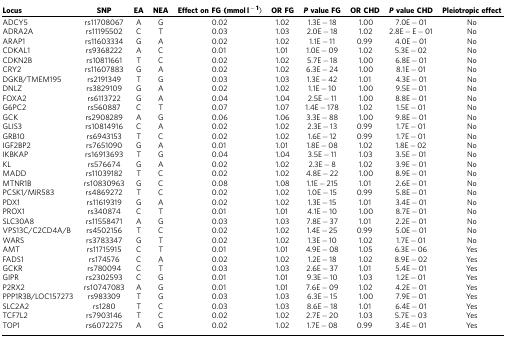
<table><thead><tr><td><b>Locus</b></td><td><b>SNP</b></td><td><b>EA</b></td><td><b>NEA</b></td><td><b>Effect on FG (mmol l<sup>−1</sup>)</b></td><td><b>OR FG</b></td><td><b><i>P</i> value FG</b></td><td><b>OR CHD</b></td><td><b><i>P</i> value CHD</b></td><td><b>Pleiotropic effect</b></td></tr></thead><tbody><tr><td>ADCY5</td><td>rs11708067</td><td>A</td><td>G</td><td>0.02</td><td>1.02</td><td>1.3E−18</td><td>1.00</td><td>7.0E−01</td><td>No</td></tr><tr><td>ADRA2A</td><td>rs11195502</td><td>C</td><td>T</td><td>0.03</td><td>1.03</td><td>2.0E−18</td><td>1.02</td><td>2.8E−E−01</td><td>No</td></tr><tr><td>ARAP1</td><td>rs11603334</td><td>G</td><td>A</td><td>0.02</td><td>1.02</td><td>1.1E−11</td><td>0.99</td><td>4.0E−01</td><td>No</td></tr><tr><td>CDKAL1</td><td>rs9368222</td><td>A</td><td>C</td><td>0.01</td><td>1.01</td><td>1.0E−09</td><td>1.02</td><td>5.3E−02</td><td>No</td></tr><tr><td>CDKN2B</td><td>rs10811661</td><td>T</td><td>C</td><td>0.02</td><td>1.02</td><td>5.7E−18</td><td>1.00</td><td>6.8E−01</td><td>No</td></tr><tr><td>CRY2</td><td>rs11607883</td><td>G</td><td>A</td><td>0.02</td><td>1.02</td><td>6.3E−24</td><td>1.00</td><td>8.1E−01</td><td>No</td></tr><tr><td>DGKB/TMEM195</td><td>rs2191349</td><td>T</td><td>G</td><td>0.03</td><td>1.03</td><td>1.3E−42</td><td>1.01</td><td>4.3E−01</td><td>No</td></tr><tr><td>DNLZ</td><td>rs3829109</td><td>G</td><td>A</td><td>0.02</td><td>1.02</td><td>1.1E−10</td><td>1.00</td><td>9.5E−01</td><td>No</td></tr><tr><td>FOXA2</td><td>rs6113722</td><td>G</td><td>A</td><td>0.04</td><td>1.04</td><td>2.5E−11</td><td>1.00</td><td>8.8E−01</td><td>No</td></tr><tr><td>G6PC2</td><td>rs560887</td><td>C</td><td>T</td><td>0.07</td><td>1.07</td><td>1.4E−178</td><td>1.02</td><td>1.5E−01</td><td>No</td></tr><tr><td>GCK</td><td>rs2908289</td><td>A</td><td>G</td><td>0.06</td><td>1.06</td><td>3.3E−88</td><td>1.00</td><td>9.8E−01</td><td>No</td></tr><tr><td>GLIS3</td><td>rs10814916</td><td>C</td><td>A</td><td>0.02</td><td>1.02</td><td>2.3E−13</td><td>0.99</td><td>1.7E−01</td><td>No</td></tr><tr><td>GRB10</td><td>rs6943153</td><td>T</td><td>C</td><td>0.02</td><td>1.02</td><td>1.6E−12</td><td>0.99</td><td>1.7E−01</td><td>No</td></tr><tr><td>IGF2BP2</td><td>rs7651090</td><td>G</td><td>A</td><td>0.01</td><td>1.01</td><td>1.8E−08</td><td>1.02</td><td>1.8E−02</td><td>No</td></tr><tr><td>IKBKAP</td><td>rs16913693</td><td>T</td><td>G</td><td>0.04</td><td>1.04</td><td>3.5E−11</td><td>1.03</td><td>3.5E−01</td><td>No</td></tr><tr><td>KL</td><td>rs576674</td><td>G</td><td>A</td><td>0.02</td><td>1.02</td><td>2.3E−8</td><td>1.02</td><td>3.9E−01</td><td>No</td></tr><tr><td>MADD</td><td>rs11039182</td><td>T</td><td>C</td><td>0.02</td><td>1.02</td><td>4.8E−22</td><td>1.00</td><td>8.9E−01</td><td>No</td></tr><tr><td>MTNR1B</td><td>rs10830963</td><td>G</td><td>C</td><td>0.08</td><td>1.08</td><td>1.1E−215</td><td>1.01</td><td>2.6E−01</td><td>No</td></tr><tr><td>PCSK1/MIR583</td><td>rs4869272</td><td>T</td><td>C</td><td>0.02</td><td>1.02</td><td>1.0E−15</td><td>0.99</td><td>5.8E−01</td><td>No</td></tr><tr><td>PDX1</td><td>rs11619319</td><td>G</td><td>A</td><td>0.02</td><td>1.02</td><td>1.3E−15</td><td>1.01</td><td>3.4E−01</td><td>No</td></tr><tr><td>PROX1</td><td>rs340874</td><td>C</td><td>T</td><td>0.01</td><td>1.01</td><td>4.1E−10</td><td>1.00</td><td>8.7E−01</td><td>No</td></tr><tr><td>SLC30A8</td><td>rs11558471</td><td>A</td><td>G</td><td>0.03</td><td>1.03</td><td>7.8E−37</td><td>1.01</td><td>2.2E−01</td><td>No</td></tr><tr><td>VPS13C/C2CD4A/B</td><td>rs4502156</td><td>T</td><td>C</td><td>0.02</td><td>1.02</td><td>1.4E−25</td><td>0.99</td><td>5.0E−01</td><td>No</td></tr><tr><td>WARS</td><td>rs3783347</td><td>G</td><td>T</td><td>0.02</td><td>1.02</td><td>1.3E−10</td><td>1.02</td><td>1.7E−01</td><td>No</td></tr><tr><td>AMT</td><td>rs11715915</td><td>C</td><td>T</td><td>0.01</td><td>1.01</td><td>4.9E−08</td><td>1.05</td><td>6.3E−06</td><td>Yes</td></tr><tr><td>FADS1</td><td>rs174576</td><td>C</td><td>A</td><td>0.02</td><td>1.02</td><td>1.2E−18</td><td>1.02</td><td>8.9E−02</td><td>Yes</td></tr><tr><td>GCKR</td><td>rs780094</td><td>C</td><td>T</td><td>0.03</td><td>1.03</td><td>2.6E−37</td><td>1.01</td><td>5.4E−01</td><td>Yes</td></tr><tr><td>GIPR</td><td>rs2302593</td><td>C</td><td>G</td><td>0.01</td><td>1.01</td><td>9.3E−10</td><td>1.03</td><td>1.2E−01</td><td>Yes</td></tr><tr><td>P2RX2</td><td>rs10747083</td><td>A</td><td>G</td><td>0.01</td><td>1.01</td><td>7.6E−09</td><td>1.02</td><td>4.2E−01</td><td>Yes</td></tr><tr><td>PPP1R3B/LOC157273</td><td>rs983309</td><td>T</td><td>G</td><td>0.03</td><td>1.03</td><td>6.3E−15</td><td>1.00</td><td>7.9E−01</td><td>Yes</td></tr><tr><td>SLC2A2</td><td>rs1280</td><td>T</td><td>C</td><td>0.03</td><td>1.03</td><td>8.6E−18</td><td>1.01</td><td>6.4E−01</td><td>Yes</td></tr><tr><td>TCF7L2</td><td>rs7903146</td><td>T</td><td>C</td><td>0.02</td><td>1.02</td><td>2.7E−20</td><td>1.03</td><td>5.7E−03</td><td>Yes</td></tr><tr><td>TOP1</td><td>rs6072275</td><td>A</td><td>G</td><td>0.02</td><td>1.02</td><td>1.7E−08</td><td>0.99</td><td>3.4E−01</td><td>Yes</td></tr></tbody></table>